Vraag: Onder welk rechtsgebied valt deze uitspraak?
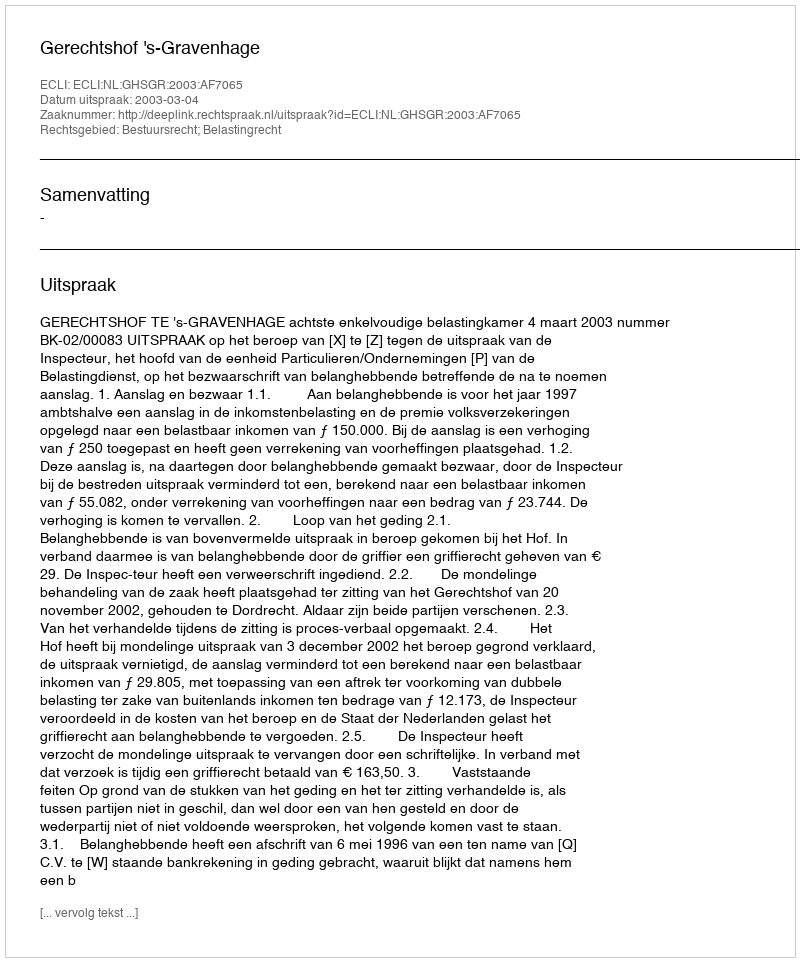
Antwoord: Bestuursrecht; Belastingrecht